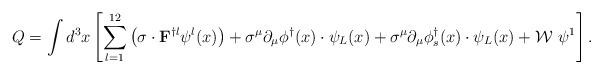
LaTeX: \begin{align*}Q=\int d^3 x \left [ \sum_{l=1}^{12}\left ( {\mathbf{\sigma}}\cdot {\bf F}^{\dagger l}\psi^l(x) \right )+\sigma^{\mu}\partial_{\mu}\phi^{\dagger}(x)\cdot\psi_L(x) +\sigma^{\mu}\partial_{\mu}\phi_s^{\dagger}(x)\cdot \psi_L(x) + \mathcal{W}~\psi^1 \right ].\end{align*}